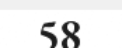
58